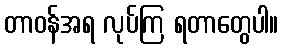
တာဝန်အရ လုပ်ကြ ရတာတွေပါ။